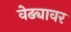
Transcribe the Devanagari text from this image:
वेढ्यावर